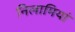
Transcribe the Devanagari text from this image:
निलामियां